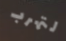
لتهرب